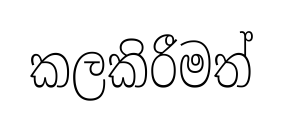
කලකිරීමත්